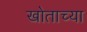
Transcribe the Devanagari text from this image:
खोताच्या